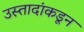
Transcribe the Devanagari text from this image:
उस्तादांकडून